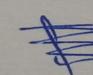
Signature authenticity: genuine